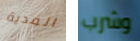
الفدية وشرب